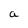
Character: a